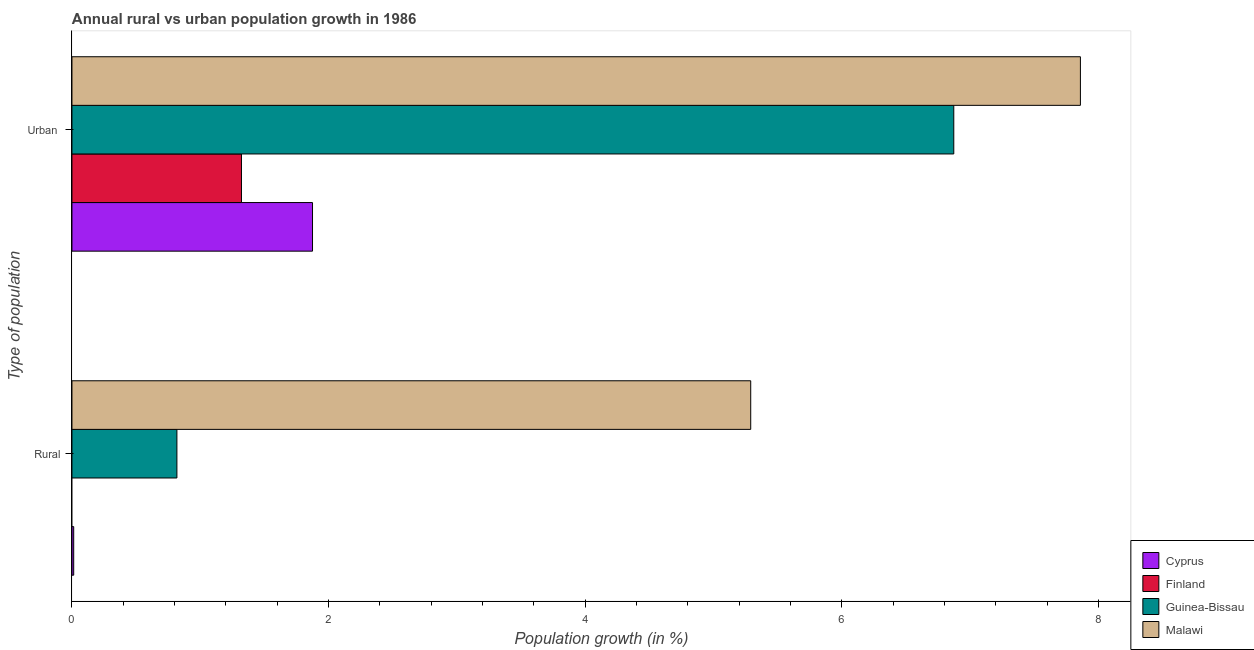
| Type of population | Cyprus | Finland | Guinea-Bissau | Malawi |
 | --- | --- | --- | --- | --- |
 | Rural | 0.0137 | -2.86 | 0.818 | 5.29 |
 | Urban  | 1.87 | 1.32 | 6.87 | 7.86 |